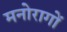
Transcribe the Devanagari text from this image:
मनोरागों